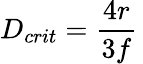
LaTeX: D_{crit}={\frac{4r}{3f}}\,